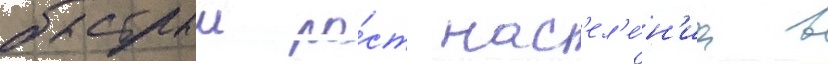
быстрыи ро́ст нас'ел'е́н'иа в